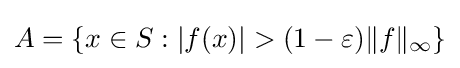
A=\left\{x\in S:|f(x)|>(1-\varepsilon )\|f\|_{\infty }\right\}